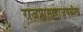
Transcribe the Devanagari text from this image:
राजप्रासादाजवळील